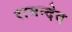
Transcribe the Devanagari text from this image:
रामन्देव